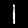
Label: 1